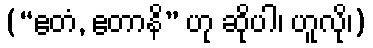
(“ဧတံ, ဧတာနိ” ဟု ဆိုပါ၊ ဟူလို၊)